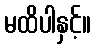
မထိပါနှင့်။